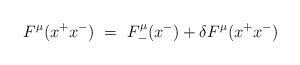
LaTeX: \begin{align*}F^\mu(x^+ x^-) ~=~ F^\mu_- (x^-) + \delta F^\mu(x^+ x^-)\end{align*}